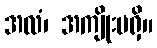
အလံ၊ အကျိုးမရှိ။